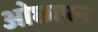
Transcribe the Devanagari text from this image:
ओछापन